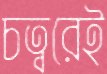
চত্বরেই